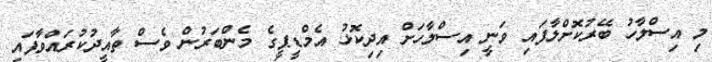
މި އިސްލާހު ބޭރުކޮށްލާފައި ވަނީ އިސްލާހަށް އިދިކޮޅު އެމްޑީޕީގެ މެންބަރުން ވެސް ތާއީދުކުރައްވާފައި